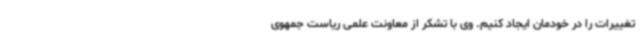
تغییرات را در خودمان ایجاد کنیم. وی با تشکر از معاونت علمی ریاست جمهوی